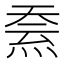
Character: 𱫒